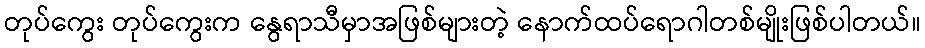
တုပ်ကွေး တုပ်ကွေးက နွေရာသီမှာအဖြစ်များတဲ့ နောက်ထပ်ရောဂါတစ်မျိုးဖြစ်ပါတယ်။